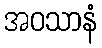
အဝသာနံ